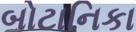
બોટાનિકા